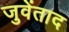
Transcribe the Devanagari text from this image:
जुवेंताद